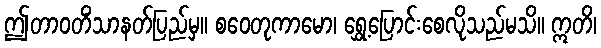
ဤတာဝတိံသာနတ်ပြည်မှ။ စဝေတုကာမော၊ ရွှေ့ပြောင်းစေလိုသည်မသိ။ ဣတိ၊